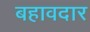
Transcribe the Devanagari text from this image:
बहावदार